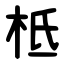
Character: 柢